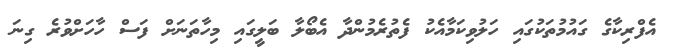
އެފްރިކާގެ ގައުމުތަކުގައި ހަލުވިކަމާއެކު ފެތުރެމުންދާ އެބޯލާ ބަލީގައި މިހާތަނަށް ފަސް ހާހަށްވުރެ ގިނަ